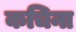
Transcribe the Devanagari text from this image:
कचिना